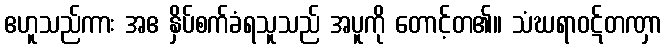
ဧဟူသည်ကား အဧ နှိပ်စက်ခံရသူသည် အပူကို တောင့်တ၏။ သံဃရာဝဋ်တဏှာ